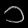
Digit: ၁